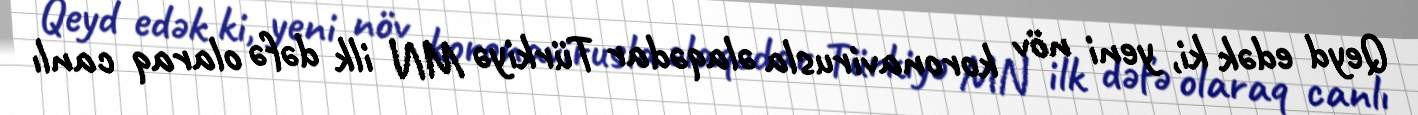
Qeyd edək ki, yeni növ koronavirusla əlaqədar Türkiyə MN ilk dəfə olaraq canlı